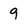
Character: 9